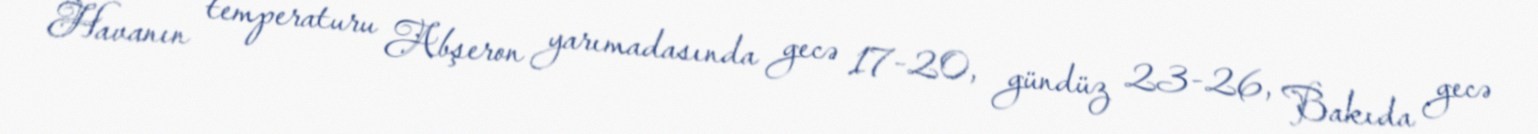
Havanın temperaturu Abşeron yarımadasında gecə 17-20, gündüz 23-26, Bakıda gecə